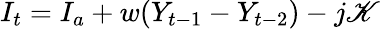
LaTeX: I_{t}=I_{a}+w(Y_{t-1}-Y_{t-2})-j\mathscr{K}